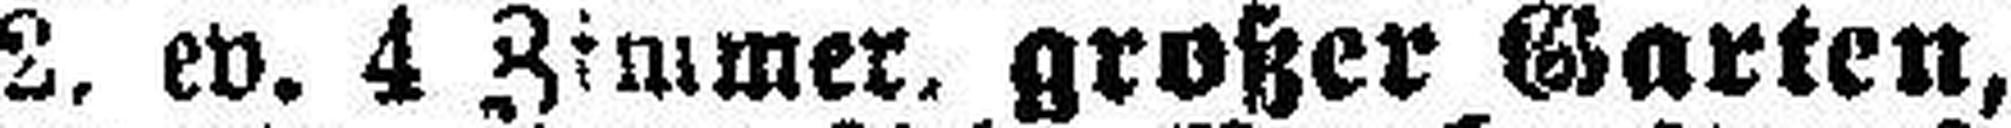
2, ev. 4 Zimmer, großer Garten,